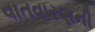
વાતવારણની